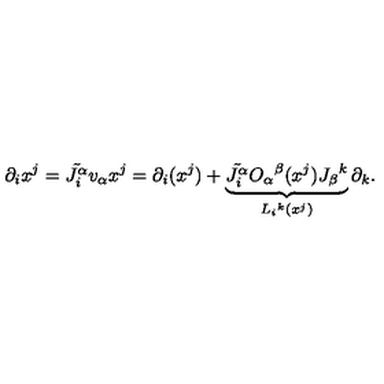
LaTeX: \partial _ { i } x ^ { j } = \tilde { J _ { i } ^ { \alpha } } v _ { \alpha } x ^ { j } = \partial _ { i } ( x ^ { j } ) + \underbrace { \tilde { J _ { i } ^ { \alpha } } O _ { \alpha } { } ^ { \beta } ( x ^ { j } ) J _ { \beta } { } ^ { k } } _ { L _ { i } { } ^ { k } ( x ^ { j } ) } \partial _ { k } .